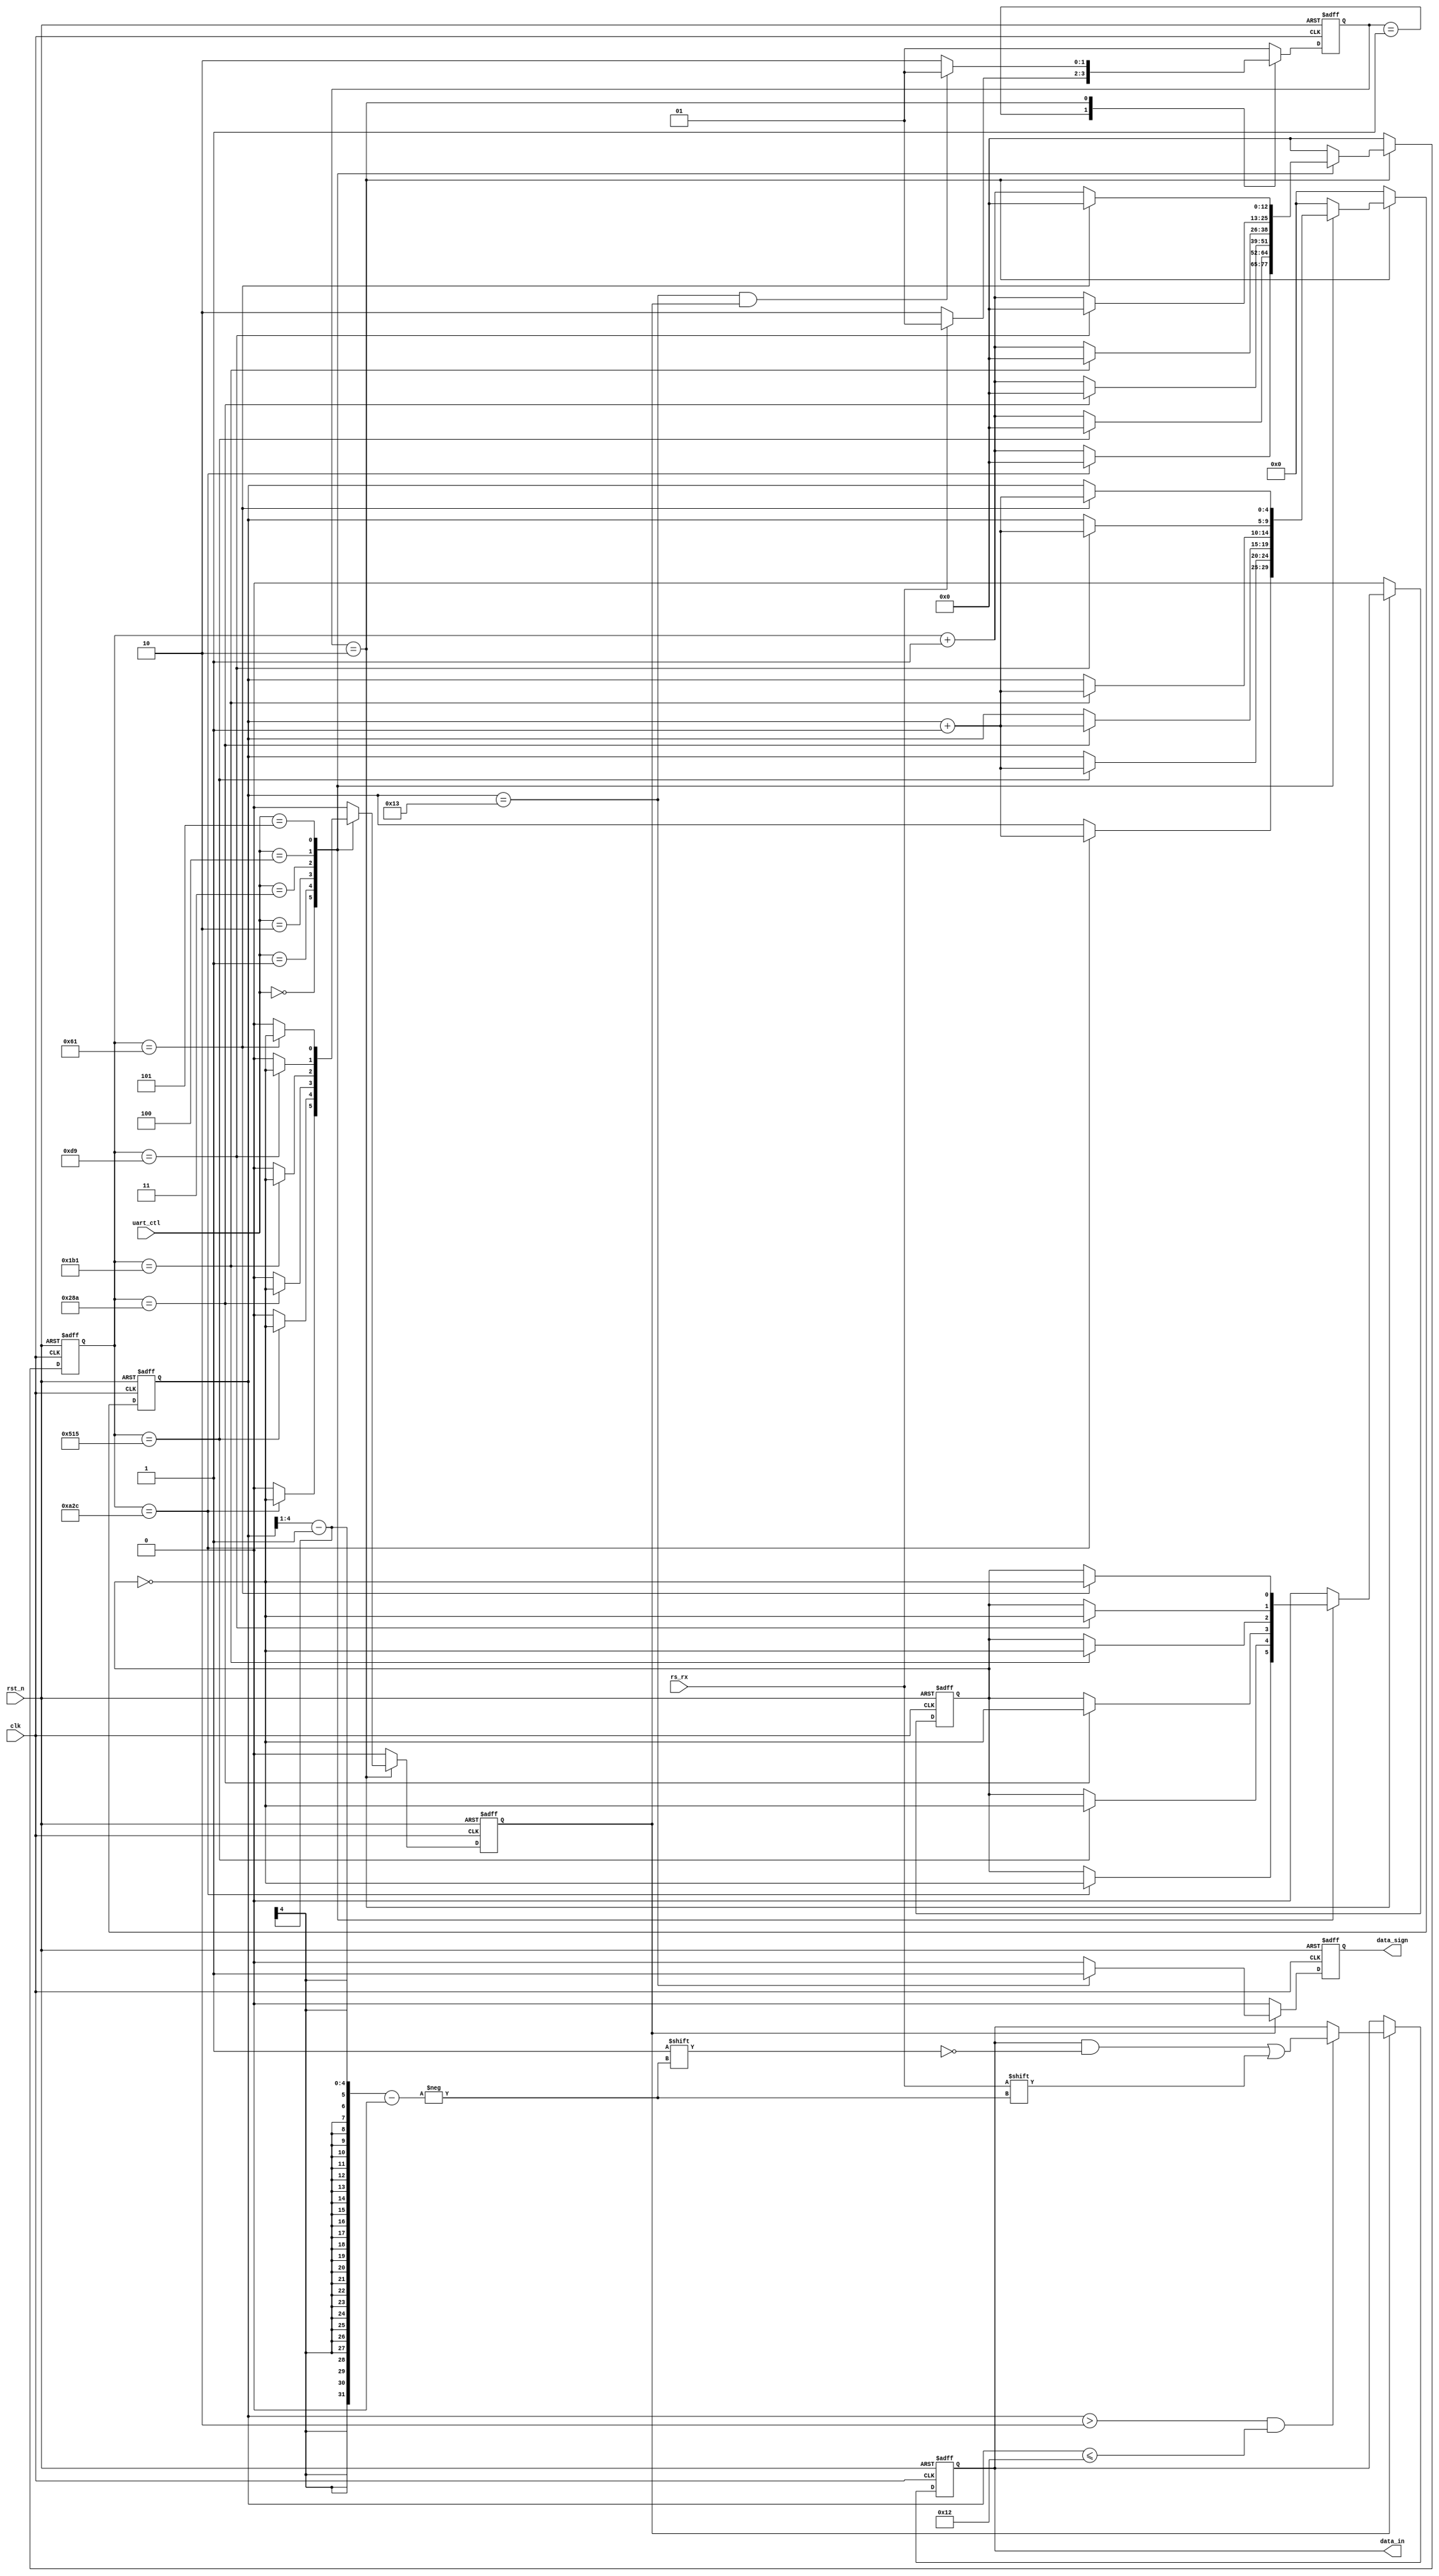
module my_uart_rx8to8(
	clk,
	rst_n,
	uart_ctl,
	rs_rx,
	
	data_in,
	data_sign
    );
	
	input 	clk;
	input	rst_n;
	input	[2:0]	uart_ctl;
	input	rs_rx;
	
	output [7:0]	data_in;
	output data_sign;
	
	parameter 	bps9600_2 	= 13'd2604,
				bps19200_2	= 13'd1301,
				bps38400_2	= 13'd650,
				bps57600_2	= 13'd433,
				bps115200_2 = 13'd217,  
				bps256000_2 = 13'd97; 
				
				
				
	parameter	IDLE = 2'b01,
				TRAN = 2'b10;
				
	
	reg	[1:0]	state;
	
	reg			bps_sel, sign_sel;
	
	reg	[12:0]	cnt;
	
	reg	[4:0]	tran_cnt;
	
	reg	[7:0]	data_in;
	reg			data_sign;
	
	wire		recv_comp;
	
	assign recv_comp = (tran_cnt == 19 && bps_sel);
	
	
	always@(posedge clk or negedge rst_n)begin
		if(!rst_n)begin
			state <= IDLE;
		end
		else begin
			
			case(state)
				IDLE :  state <= ~rs_rx ? TRAN : IDLE;
				TRAN :  state <= recv_comp ? IDLE : TRAN;
				default: state <= IDLE;
			endcase
			
			
		end
	end
	
	
	always@(posedge clk or negedge rst_n)begin
		if(!rst_n)begin
			bps_sel <= 1'b0;
			sign_sel <= 1'b0;
			cnt <= 'h0;
			tran_cnt <= 'h0;
		end
		else begin
			if(state == TRAN ) begin
				case(uart_ctl)
					3'h0: if(cnt == bps9600_2) begin 
					       cnt <=  'h0; 			
							 bps_sel <= ~sign_sel; 
							 sign_sel <= ~sign_sel; 
							 tran_cnt <=  tran_cnt + 1'b1;  
							 end
						  else begin 
							cnt <=  cnt + 1'b1; 
							bps_sel <= 1'b0; 
							end
					3'h1: if(cnt == bps19200_2) begin 
							cnt <=  'h0; 			
							bps_sel <= ~sign_sel; 
							sign_sel <= ~sign_sel; 
							tran_cnt <=  tran_cnt + 1'b1;  
							end
						  else begin 
							cnt <=  cnt + 1'b1; 
							bps_sel <= 1'b0; 
							end
					3'h2: if(cnt == bps38400_2) begin 
							cnt <=  'h0; 			
							bps_sel <= ~sign_sel; 
							sign_sel <= ~sign_sel; 
							tran_cnt <=  tran_cnt + 1'b1; 
							end
						  else begin 
						  cnt <=  cnt + 1'b1; 
						  bps_sel <= 1'b0; 
						  end
					3'h3: if(cnt == bps57600_2) begin 
							cnt <=  'h0; 			
							bps_sel <= ~sign_sel; 
							sign_sel <= ~sign_sel; 
							tran_cnt <=  tran_cnt + 1'b1; 
							end
							else 	begin 
							cnt <=  cnt + 1'b1; 
							bps_sel <= 1'b0; 
							end
					3'h4: if(cnt == bps115200_2) begin 
							cnt <=  'h0; 			
							bps_sel <= ~sign_sel; 
							sign_sel <= ~sign_sel; 
							tran_cnt <=  tran_cnt + 1'b1; 
							end
						  else begin 
							cnt <=  cnt + 1'b1; 
							bps_sel <= 1'b0; end
					3'h5: if(cnt == bps256000_2) begin 
							cnt <=  'h0; 			
							bps_sel <= ~sign_sel; 
							sign_sel <= ~sign_sel; 
							tran_cnt <=  tran_cnt + 1'b1; 
							end
						  else begin 
						  cnt <=  cnt + 1'b1; 
						  bps_sel <= 1'b0; 
						  end
					default: begin 
								cnt <= 'h0; 
								tran_cnt <=  0; 
								bps_sel <= 'h0; 
								sign_sel <= 'h0; 
								end
				endcase
			end
			else  begin 
				cnt <= 'h0; 
				sign_sel <= 'h0; 
				bps_sel <= 1'b0; 
				tran_cnt <= 'h0; 
				bps_sel <= 1'b0; 
				end
			
		end
	end
	
	
	
	always@(posedge clk or negedge rst_n)begin
		if(!rst_n)begin
			data_in <= 'h0;
			data_sign <= 'h0;
		end
		else begin
			if(bps_sel)begin
				if(tran_cnt > 2 && tran_cnt <= 18) data_in[tran_cnt[4:1] - 1] <= rs_rx;
				 data_sign <= (tran_cnt == 19 ) ? 1'b1 : 1'b0;
			end
			else 	data_sign <= 1'b0;
			
		end
	end
	
	
	

endmodule